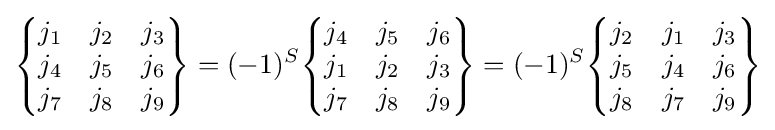
{\begin{Bmatrix}j_{1}&j_{2}&j_{3}\\j_{4}&j_{5}&j_{6}\\j_{7}&j_{8}&j_{9}\end{Bmatrix}}=(-1)^{S}{\begin{Bmatrix}j_{4}&j_{5}&j_{6}\\j_{1}&j_{2}&j_{3}\\j_{7}&j_{8}&j_{9}\end{Bmatrix}}=(-1)^{S}{\begin{Bmatrix}j_{2}&j_{1}&j_{3}\\j_{5}&j_{4}&j_{6}\\j_{8}&j_{7}&j_{9}\end{Bmatrix}}